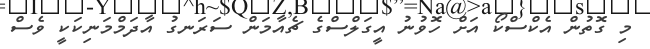
މި ގޮތުން އެކްސްކޯ އަށް ހޮވުނު އީގަލްސްގެ ޗެއާމަން ސަރަނގު އާދަމްމަނިކަކީ ވެސް